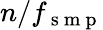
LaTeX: n/f_{\mathrm{~s~m~p~}}